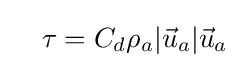
\quad \tau =C_{d}\rho _{a}|{\vec {u}}_{a}|{\vec {u}}_{a}